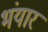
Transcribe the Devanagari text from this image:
भंयार